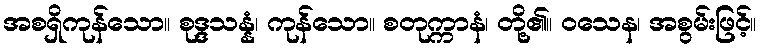
အစရှိကုန်သော။ စုဒ္ဒသန္နံ၊ ကုန်သော။ စတုက္ကာနံ၊ တို့၏။ ဝသေန၊ အစွမ်းဖြင့်။